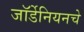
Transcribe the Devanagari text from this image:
जॉर्डेनियनचे